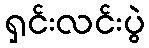
ရှင်းလင်းပွဲ